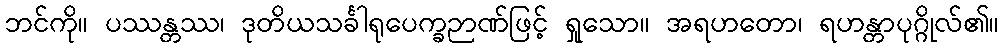
ဘင်ကို။ ပဿန္တဿ၊ ဒုတိယသင်္ခါရုပေက္ခဉာဏ်ဖြင့် ရှုသော။ အရဟတော၊ ရဟန္တာပုဂ္ဂိုလ်၏။